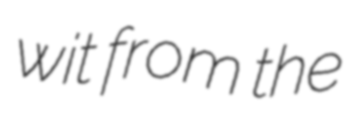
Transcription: wit from the